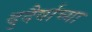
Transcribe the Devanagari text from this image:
दुदैर्वाच्या